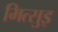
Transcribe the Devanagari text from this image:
मित्सुइ